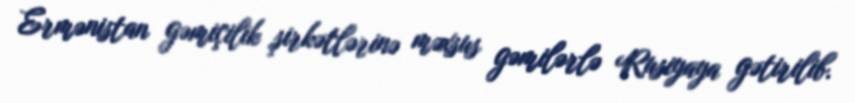
Ermənistan gəmiçilik şirkətlərinə məxsus gəmilərlə Rusiyaya gətirilib.